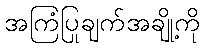
အကြံပြုချက်အချို့ကို